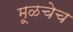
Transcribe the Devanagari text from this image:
मूळचेच